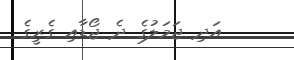
އަދި ޖަމަލުގެ ދެ ޖޯޑާއި ގެރީގެ